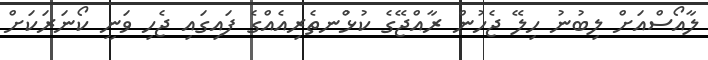
ލާއޯސްއަށް ލިބުނު ހިލޭ ޖެހުން ރާއްޖޭގެ ކުޅުްނތެރިއެއްގެ ފައިގައި ޖެހި ވަނީ ކޯނަރަކަށް